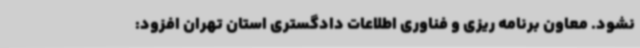
نشود. معاون برنامه ریزی و فناوری اطلاعات دادگستری استان تهران افزود: